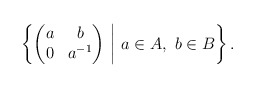
\begin{align*}\left\{\begin{pmatrix} a & b \\ 0 & a^{-1}\end{pmatrix} \ \middle| \ a\in A, \ b\in B\right\}.\end{align*}